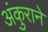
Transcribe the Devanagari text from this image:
अंकुराने